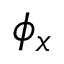
\phi _ { x }